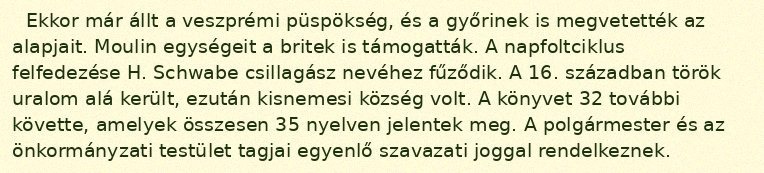
Ekkor már állt a veszprémi püspökség, és a győrinek is megvetették az alapjait. Moulin egységeit a britek is támogatták. A napfoltciklus felfedezése H. Schwabe csillagász nevéhez fűződik. A 16. században török uralom alá került, ezután kisnemesi község volt. A könyvet 32 további követte, amelyek összesen 35 nyelven jelentek meg. A polgármester és az önkormányzati testület tagjai egyenlő szavazati joggal rendelkeznek.